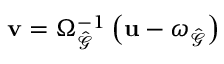
\mathbf { v } = \Omega _ { \hat { \mathcal { G } } } ^ { - 1 } \left( \mathbf { u } - \omega _ { \hat { \mathcal { G } } } \right)